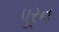
પૂરન